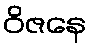
ဝိဇနေ